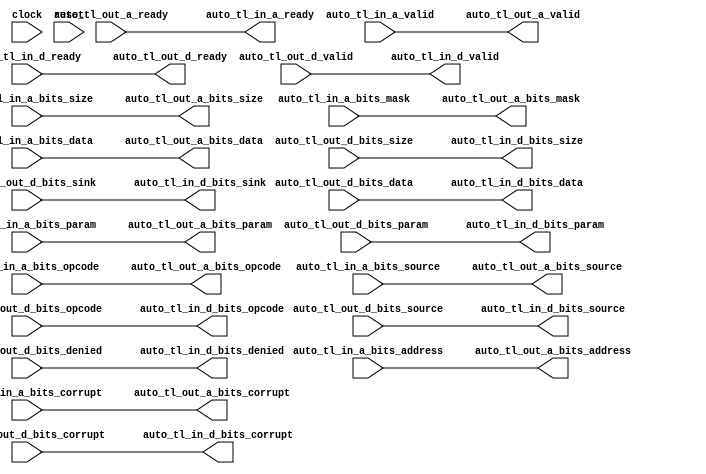
module TLInterconnectCoupler_14(
  input         clock,
  input         reset,
  output        auto_tl_in_a_ready,
  input         auto_tl_in_a_valid,
  input  [2:0]  auto_tl_in_a_bits_opcode,
  input  [2:0]  auto_tl_in_a_bits_param,
  input  [3:0]  auto_tl_in_a_bits_size,
  input         auto_tl_in_a_bits_source,
  input  [30:0] auto_tl_in_a_bits_address,
  input  [7:0]  auto_tl_in_a_bits_mask,
  input  [63:0] auto_tl_in_a_bits_data,
  input         auto_tl_in_a_bits_corrupt,
  input         auto_tl_in_d_ready,
  output        auto_tl_in_d_valid,
  output [2:0]  auto_tl_in_d_bits_opcode,
  output [1:0]  auto_tl_in_d_bits_param,
  output [3:0]  auto_tl_in_d_bits_size,
  output        auto_tl_in_d_bits_source,
  output        auto_tl_in_d_bits_sink,
  output        auto_tl_in_d_bits_denied,
  output [63:0] auto_tl_in_d_bits_data,
  output        auto_tl_in_d_bits_corrupt,
  input         auto_tl_out_a_ready,
  output        auto_tl_out_a_valid,
  output [2:0]  auto_tl_out_a_bits_opcode,
  output [2:0]  auto_tl_out_a_bits_param,
  output [3:0]  auto_tl_out_a_bits_size,
  output        auto_tl_out_a_bits_source,
  output [30:0] auto_tl_out_a_bits_address,
  output [7:0]  auto_tl_out_a_bits_mask,
  output [63:0] auto_tl_out_a_bits_data,
  output        auto_tl_out_a_bits_corrupt,
  output        auto_tl_out_d_ready,
  input         auto_tl_out_d_valid,
  input  [2:0]  auto_tl_out_d_bits_opcode,
  input  [1:0]  auto_tl_out_d_bits_param,
  input  [3:0]  auto_tl_out_d_bits_size,
  input         auto_tl_out_d_bits_source,
  input         auto_tl_out_d_bits_sink,
  input         auto_tl_out_d_bits_denied,
  input  [63:0] auto_tl_out_d_bits_data,
  input         auto_tl_out_d_bits_corrupt
);
  assign auto_tl_in_a_ready = auto_tl_out_a_ready; // @[Nodes.scala 1207:84 LazyModule.scala 311:12]
  assign auto_tl_in_d_valid = auto_tl_out_d_valid; // @[Nodes.scala 1207:84 LazyModule.scala 311:12]
  assign auto_tl_in_d_bits_opcode = auto_tl_out_d_bits_opcode; // @[Nodes.scala 1207:84 LazyModule.scala 311:12]
  assign auto_tl_in_d_bits_param = auto_tl_out_d_bits_param; // @[Nodes.scala 1207:84 LazyModule.scala 311:12]
  assign auto_tl_in_d_bits_size = auto_tl_out_d_bits_size; // @[Nodes.scala 1207:84 LazyModule.scala 311:12]
  assign auto_tl_in_d_bits_source = auto_tl_out_d_bits_source; // @[Nodes.scala 1207:84 LazyModule.scala 311:12]
  assign auto_tl_in_d_bits_sink = auto_tl_out_d_bits_sink; // @[Nodes.scala 1207:84 LazyModule.scala 311:12]
  assign auto_tl_in_d_bits_denied = auto_tl_out_d_bits_denied; // @[Nodes.scala 1207:84 LazyModule.scala 311:12]
  assign auto_tl_in_d_bits_data = auto_tl_out_d_bits_data; // @[Nodes.scala 1207:84 LazyModule.scala 311:12]
  assign auto_tl_in_d_bits_corrupt = auto_tl_out_d_bits_corrupt; // @[Nodes.scala 1207:84 LazyModule.scala 311:12]
  assign auto_tl_out_a_valid = auto_tl_in_a_valid; // @[Nodes.scala 1210:84 LazyModule.scala 309:16]
  assign auto_tl_out_a_bits_opcode = auto_tl_in_a_bits_opcode; // @[Nodes.scala 1210:84 LazyModule.scala 309:16]
  assign auto_tl_out_a_bits_param = auto_tl_in_a_bits_param; // @[Nodes.scala 1210:84 LazyModule.scala 309:16]
  assign auto_tl_out_a_bits_size = auto_tl_in_a_bits_size; // @[Nodes.scala 1210:84 LazyModule.scala 309:16]
  assign auto_tl_out_a_bits_source = auto_tl_in_a_bits_source; // @[Nodes.scala 1210:84 LazyModule.scala 309:16]
  assign auto_tl_out_a_bits_address = auto_tl_in_a_bits_address; // @[Nodes.scala 1210:84 LazyModule.scala 309:16]
  assign auto_tl_out_a_bits_mask = auto_tl_in_a_bits_mask; // @[Nodes.scala 1210:84 LazyModule.scala 309:16]
  assign auto_tl_out_a_bits_data = auto_tl_in_a_bits_data; // @[Nodes.scala 1210:84 LazyModule.scala 309:16]
  assign auto_tl_out_a_bits_corrupt = auto_tl_in_a_bits_corrupt; // @[Nodes.scala 1210:84 LazyModule.scala 309:16]
  assign auto_tl_out_d_ready = auto_tl_in_d_ready; // @[Nodes.scala 1210:84 LazyModule.scala 309:16]
endmodule